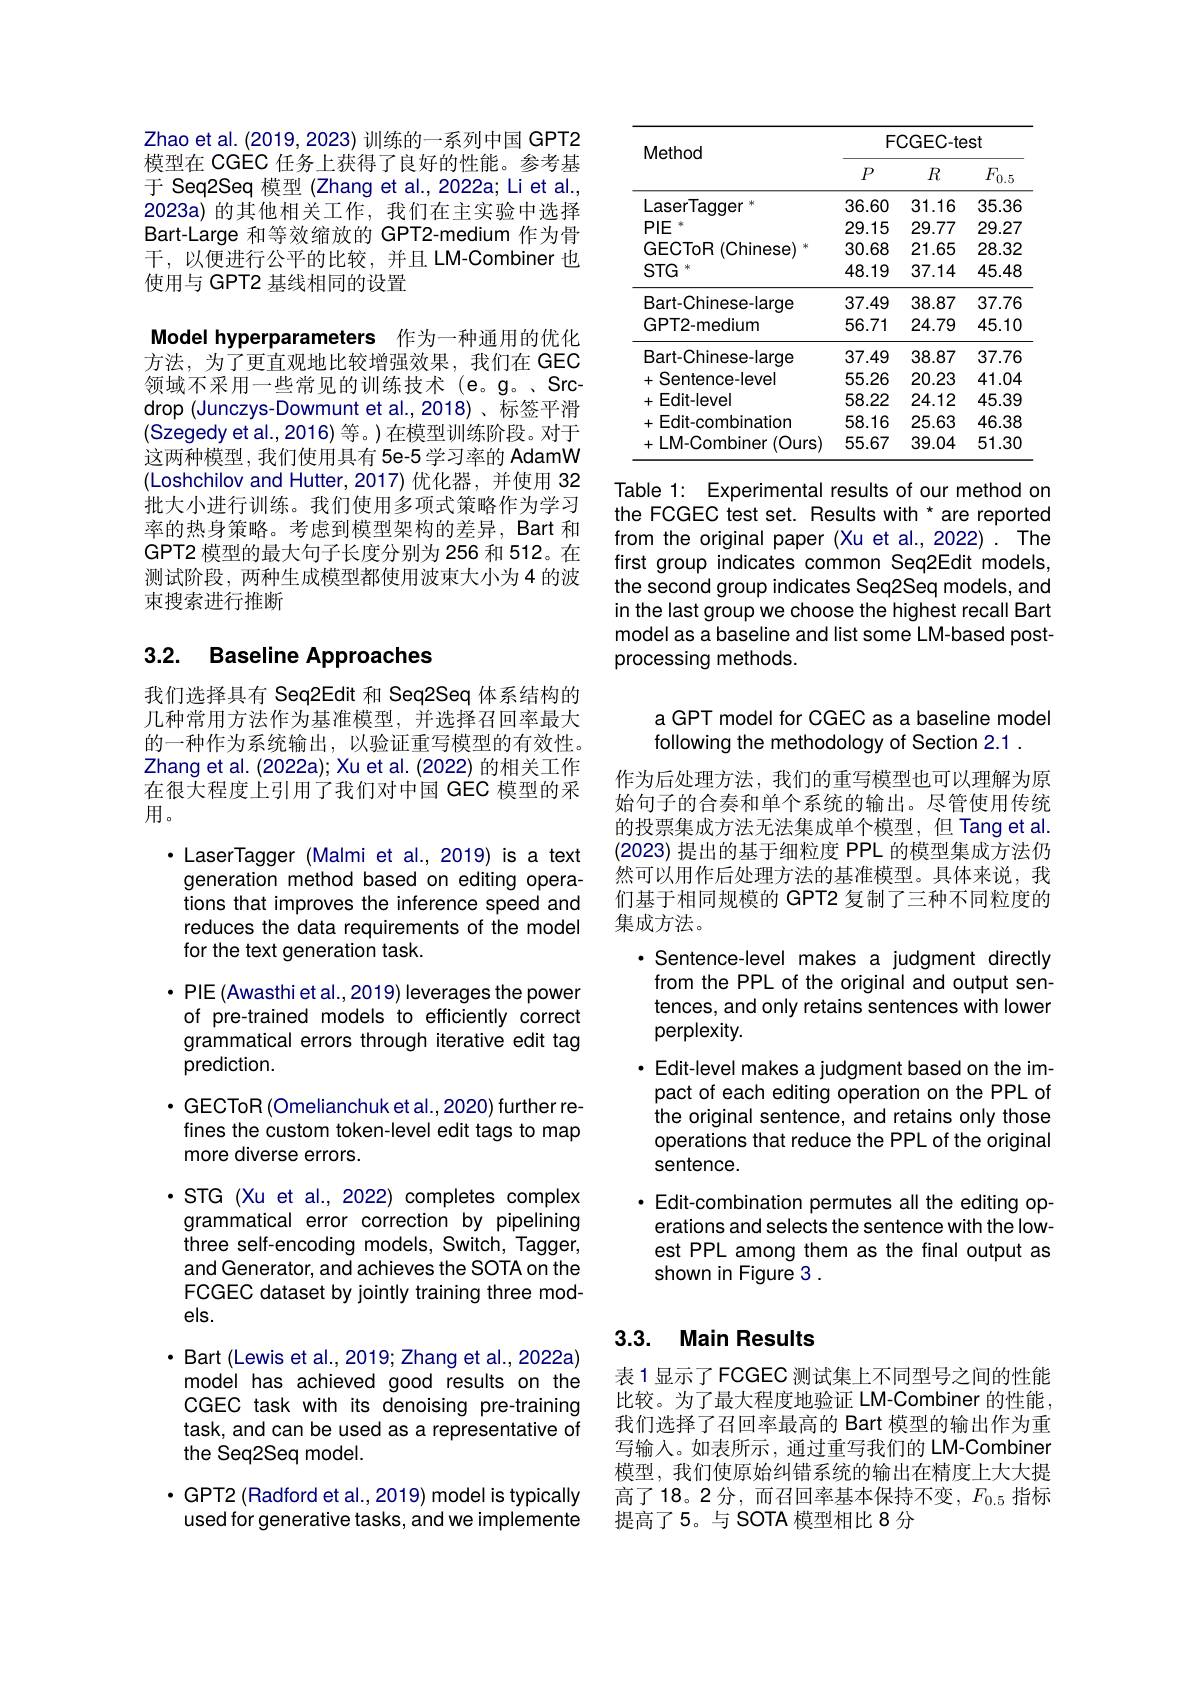
Zhao et al. (2019, 2023) 训练的一系列中国 GPT2模型在 CGEC 任务上获得了良好的性能。参考基于 Seq2Seq 模型 (Zhang et al., 20222a; Li et al., 2023a) 的其他相关工作，我们在主实验中选择Bart-Large 和等效缩放的 GPT2-medium 作为骨干，以便进行公平的比较，并且 LM-Combiner 也使用与 GPT2 基线相同的设置

Model hyperparameters 作为一种通用的优化方法，为了更直观地比较增强效果，我们在 GEC

领域不采用一些常见的训练技术(e。g。,Srcdrop (Junczys-Dowmunt et al.,2018)、标签平滑(Szegedy et al.,2016) 等。)在模型训练阶段。对于这两种模型，我们使用具有 5e-5 学习率的 AdamW (Loshchilov and Hutter,2017)优化器，并使用 32批大小进行训练。我们使用多项式策略作为学习率的热身策略。考虑到模型架构的差异，Bart 和GPT2 模型的最大句子长度分别为 256 和 512。在测试阶段，两种生成模型都使用波束大小为 4 的波束搜索进行推断

## 3.2. Baseline Approaches

我们选择具有 Seq2Edit 和 Seq2Seq 体系结构的几种常用方法作为基准模型，并选择召回率最大的一种作为系统输出，以验证重写模型的有效性。Zhang et al. (2022a); Xu et al. (2022) 的相关工作在很大程度上引用了我们对中国 GEC 模型的采用。
$\cdot$ LaserTagger (Malmi et al., 2019) is a text generation method based on editing operations that improves the inference speed and reduces the data requirements of the model for the text generation task.
· PIE (Awasthi et al., 2019) leverages the power of pre-trained models to efficiently correct grammatical errors through iterative edit tag prediction.
$\cdot$GECToR(Omelianchuk et al., 2020) further refines the custom token-level edit tags to map more diverse errors.
$\cdot$ STG (Xu et al., 2022) completes complex grammatical error correction by pipelining three self-encoding models, Switch, Tagger, and Generator, and achieves the SOTA on the FCGEC dataset by jointly training three models.
$\cdot$ Bart (Lewis et al., 2019; Zhang et al., 2022a) model has achieved good results on the CGEC task with its denoising pre-training task, and can be used as a representative of the Seq2Seq model.
$\cdot$ GPT2 (Radford et al., 2019) model is typically used for generative tasks, and we implemente

<table>
	<tbody>
		<tr>
			<th rowspan="2">Method</th>
			<th colspan="3">$FCGEC-test$</th>
		</tr>
		<tr>
			<th>$P$</th>
			<th>$R$</th>
			<th>$F_{0.5}$</th>
		</tr>
		<tr>
			<td>LaserTagger 1</td>
			<td>36.60</td>
			<td>31.16</td>
			<td>35.36</td>
		</tr>
		<tr>
			<td>$PIE$</td>
			<td>29.15</td>
			<td>29.77</td>
			<td>29.27</td>
		</tr>
		<tr>
			<td>GECToR (Chinese</td>
			<td>30.68</td>
			<td>21.65</td>
			<td>28.32</td>
		</tr>
		<tr>
			<td>$STG$</td>
			<td>48.19</td>
			<td>37.14</td>
			<td>45.48</td>
		</tr>
		<tr>
			<td>Bart-Chinese-large</td>
			<td>37.49</td>
			<td>38.87</td>
			<td>37.76</td>
		</tr>
		<tr>
			<td>GPT2-medium</td>
			<td>56.71</td>
			<td>24.79</td>
			<td>45.10</td>
		</tr>
		<tr>
			<td>Bart-Chinese-large</td>
			<td>37.49</td>
			<td>38.87</td>
			<td>37.76</td>
		</tr>
		<tr>
			<td>+Sentence-level</td>
			<td>55.26</td>
			<td>20.23</td>
			<td>41.04</td>
		</tr>
		<tr>
			<td>+ Edit-level</td>
			<td>58.22</td>
			<td>24.12</td>
			<td>45.39</td>
		</tr>
		<tr>
			<td>$+Edit-combination$</td>
			<td>58.16</td>
			<td>25.63</td>
			<td>46.38</td>
		</tr>
		<tr>
			<td>十 $LM-Combiner$ $(Ours$</td>
			<td>55.67</td>
			<td>39.04</td>
			<td>51.30</td>
		</tr>
	</tbody>
</table>

Table 1: Experimental results of our method on the FCGEC test set. Results with * are reported from the original paper (Xu et al., 2022) . The first group indicates common Seq2Edit models, the second group indicates Seq2Seq models, and in the last group we choose the highest recall Bart model as a baseline and list some LM-based postprocessing methods.

a GPT model for CGEC as a baseline model
following the methodology of Section 2.1

作为后处理方法，我们的重写模型也可以理解为原始句子的合奏和单个系统的输出。尽管使用传统的投票集成方法无法集成单个模型，但 Tang et al (2023)提出的基于细粒度 PPL 的模型集成方法仍然可以用作后处理方法的基准模型。具体来说，我们基于相同规模的 GPT2 复制了三种不同粒度的集成方法。

·Sentence-level makes a judgment directly from the PPL of the original and output sentences, and only retains sentences with lower perplexity.
· Edit-level makes a judgment based on the impact of each editing operation on the PPL of the original sentence, and retains only those operations that reduce the PPL of the original sentence.
· Edit-combination permutes all the editing op-
erations and selects the sentence with the lowest PPL among them as the final output as shown in Figure 3 .

## 3.3. Main Results

表1显示了FCGEC 测试集上不同型号之间的性能比较。为了最大程度地验证 LM-Combiner 的性能， 我们选择了召回率最高的 Bart 模型的输出作为重写输入。如表所示，通过重写我们的 LM-Combiner 模型，我们使原始纠错系统的输出在精度上大大提高了18。2分，而召回率基本保持不变，$F_{0.5}$指标提高了5。与 SOTA 模型相比 8 分